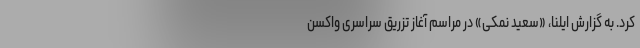
کرد. به گزارش ایلنا، «سعید نمکی» در مراسم آغاز تزریق سراسری واکسن